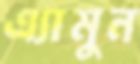
এ্যামুন